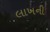
લાખની